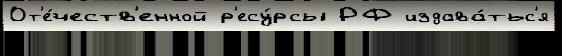
От'е́честв'енной р'есу́рсы РФ издава́тьс'я